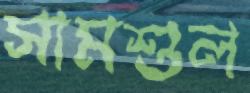
সামশুল